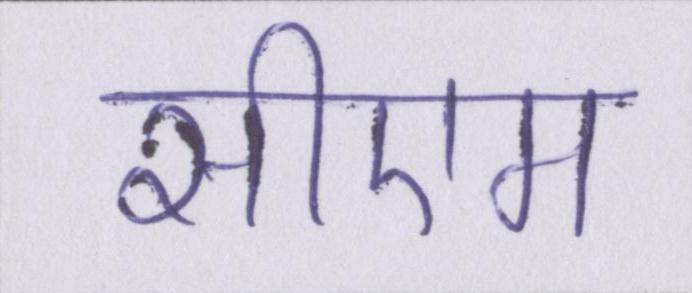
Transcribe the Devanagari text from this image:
सीएम